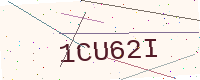
Text: 1CU62I